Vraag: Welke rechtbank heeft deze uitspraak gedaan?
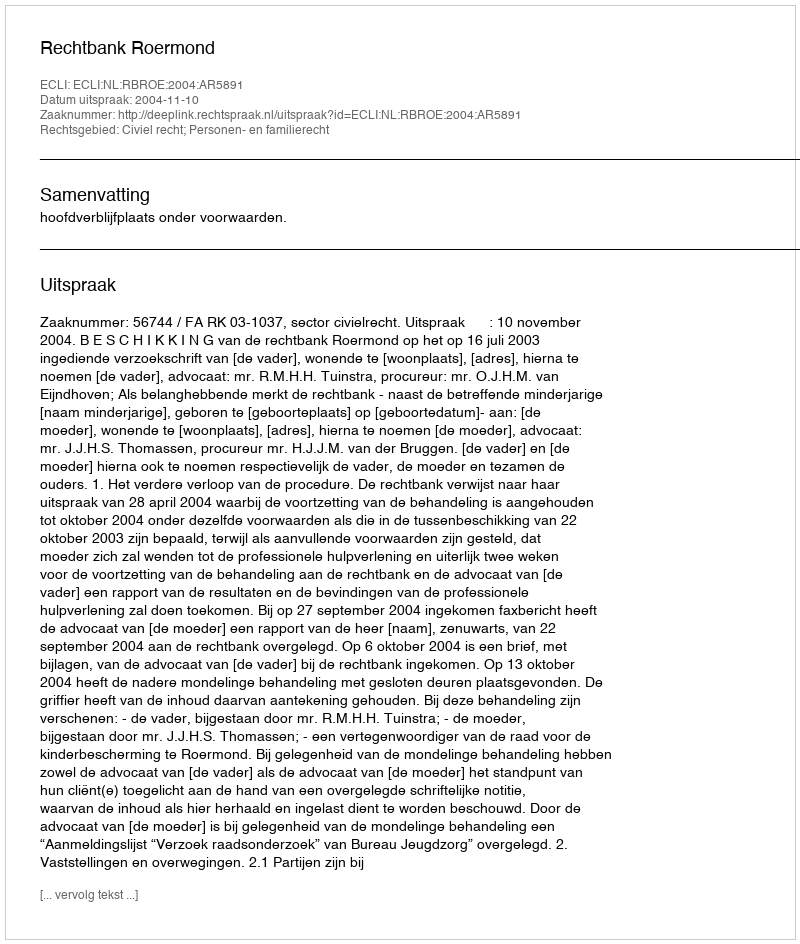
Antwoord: Rechtbank Roermond